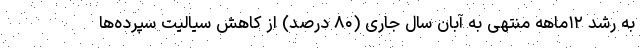
به رشد ۱۲ماهه منتهی به آبان سال جاری (۸۰ درصد) از کاهش سیالیت سپرده‌ها